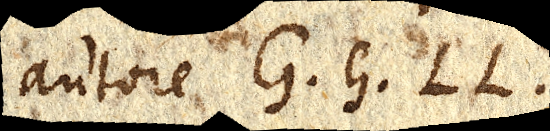
autore G. G. L. L.